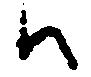
ハ